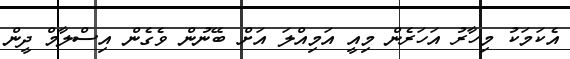
އެކަމަކު މިހާރު އަހަރެން މިއީ އަމިއްލަ އަށް ބޭނުން ވެގެން އިސްލާމް ދީން